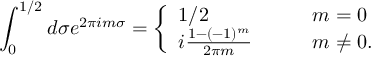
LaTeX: \int _ { 0 } ^ { 1 / 2 } d \sigma e ^ { 2 \pi i m \sigma } = \left\{ \begin{array} { l l } { { 1 / 2 \qquad } } & { { m = 0 } } \\ { { i \frac { 1 - ( - 1 ) ^ { m } } { 2 \pi m } \qquad } } & { { m \neq 0 . } } \end{array} \right.